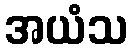
အယံသ